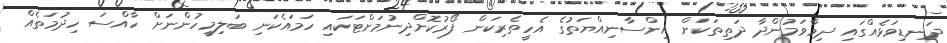
ދަނޑިވަޅެއްގައި ދިމާވަމުންދާ ދަތިތަކަށް އިންސާނިއްޔަތުގެ އެހީތެރިކަން ފޯރުކޮށްދިނުމަށްޓަކައި ހަމައެކަނި ބަލިމީހުންނަށް ހާއްސަ ހިދުމަތެއް